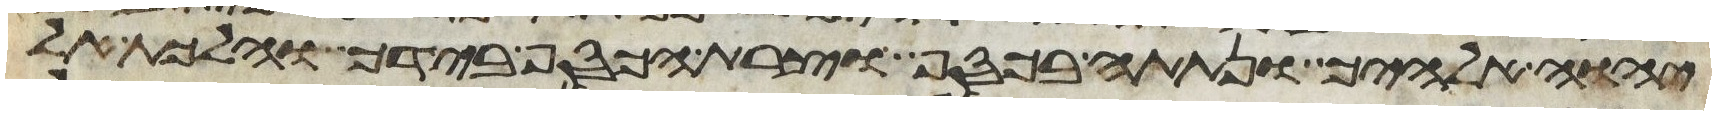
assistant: יהוה אלהיך ונתתה בכסף וצרת הכסף בידך והלכת אל